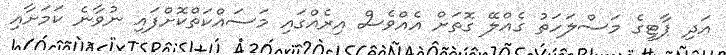
އަދި ޕާޓީގެ މަސްލަހަތު ގެއްލޭ ގޮތަށް އެއްވެސް އިރެއްގައި މަސައްކަތްކޮށްފައި ނުވާނެ ކަމަށާއި